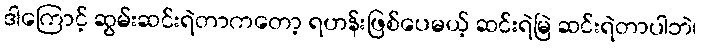
ဒါကြောင့် ဆွမ်းဆင်းရဲတာကတော့ ရဟန်းဖြစ်ပေမယ့် ဆင်းရဲမြဲ ဆင်းရဲတာပါဘဲ၊